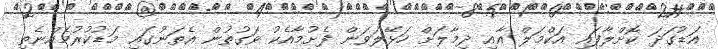
އަޑުގަދަ ކޮށްލާފައި އަކްމަލް އާއި ދިމާލަށް ހަޅޭލަވަން ފެށުމާއެކު ވަގުތުން އެތަނުގައި މަޑުކުރުމެއްނެތި